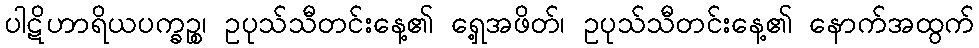
ပါဋိဟာရိယပက္ခဉ္စ၊ ဥပုသ်သီတင်းနေ့၏ ရှေ့အဖိတ်၊ ဥပုသ်သီတင်းနေ့၏ နောက်အထွက်